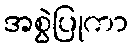
အစွဲပြုကာ